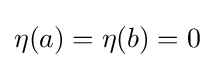
\eta (a)=\eta (b)=0